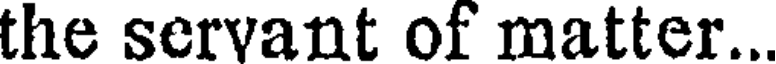
the servant of matter...